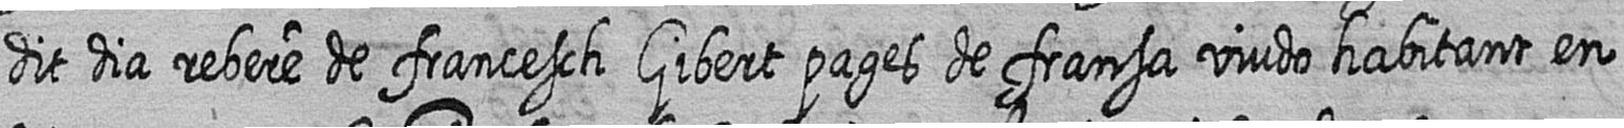
dit dia rebere de francesch Gibert pages de fransa viudo habitant en